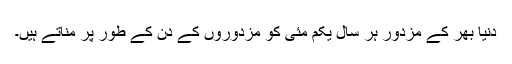
دنیا بھر کے مزدور ہر سال یکم مئی کو مزدوروں کے دن کے طور پر مناتے ہیں۔